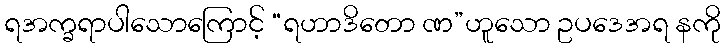
ရအက္ခရာပါသောကြောင့် “ရဟာဒိတော ဏ”ဟူသော ဥပဒေအရ နကို